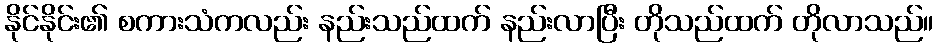
နိုင်နိုင်း၏ စကားသံကလည်း နည်းသည်ထက် နည်းလာပြီး တိုသည်ထက် တိုလာသည်။